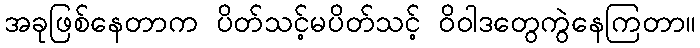
အခုဖြစ်နေတာက ပိတ်သင့်မပိတ်သင့် ဝိဝါဒတွေကွဲနေကြတာ။